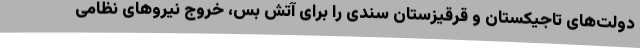
دولت‌های تاجیکستان و قرقیزستان سندی را برای آتش بس، خروج نیروهای نظامی